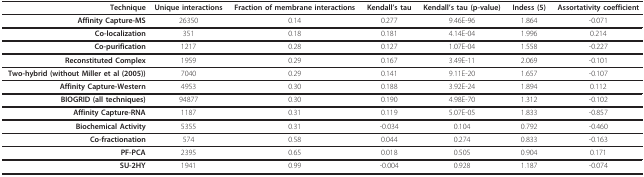
| Technique | Unique interactions | Fraction of membrane interactions | Kendall's tau | Kendall's tau (p-value) | Indess (5) | Assortativity coefficient |
 | --- | --- | --- | --- | --- | --- | --- |
 | Affinity Capture-MS | 26350 | 0.14 | 0.277 | 9.46E-96 | 1.864 | -0.071 |
 | Co-localization | 351 | 0.18 | 0.181 | 4.14E-04 | 1.996 | 0.214 |
 | Co-purification | 1217 | 0.28 | 0.127 | 1.07E-04 | 1.558 | -0.227 |
 | Reconstituted Complex | 1959 | 0.29 | 0.167 | 3.49E-11 | 2.069 | -0.101 |
 | Two-hybrid (without Miller et al (2005)) | 7040 | 0.29 | 0.141 | 9.11E-20 | 1.657 | -0.107 |
 | Affinity Capture-Western | 4953 | 0.30 | 0.188 | 3.92E-24 | 1.894 | 0.112 |
 | BIOGRID (all techniques) | 94877 | 0.30 | 0.190 | 4.98E-70 | 1.312 | -0.102 |
 | Affinity Capture-RNA | 1187 | 0.31 | 0.119 | 5.07E-05 | 1.833 | -0.857 |
 | Biochemical Activity | 5355 | 0.31 | -0.034 | 0.104 | 0.792 | -0.460 |
 | Co-fractionation | 574 | 0.58 | 0.044 | 0.274 | 0.833 | -0.163 |
 | PF-PCA | 2395 | 0.65 | 0.018 | 0.505 | 0.904 | 0.171 |
 | SU-2HY | 1941 | 0.99 | -0.004 | 0.928 | 1.187 | -0.074 |